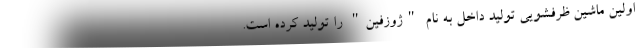
اولین ماشین ظرفشویی تولید داخل به نام "ژوزفین" را تولید کرده است.